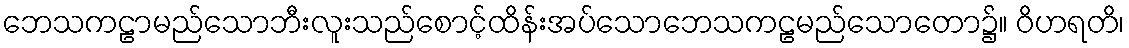
ဘေသကဠာမည်သောဘီးလူးသည်စောင့်ထိန်းအပ်သောဘေသကဠမည်သောတော၌။ ဝိဟရတိ၊